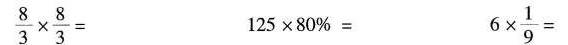
$$\frac { 8 } { 3 } \times \frac { 8 } { 3 } =$$ $$1 2 5 \times 8 0 % =$$ $$6 \times \frac { 1 } { 9 } =$$